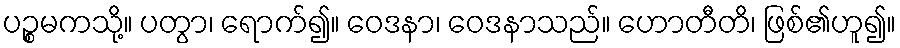
ပဉ္စမကသို့။ ပတွာ၊ ရောက်၍။ ဝေဒနာ၊ ဝေဒနာသည်။ ဟောတီတိ၊ ဖြစ်၏ဟူ၍။